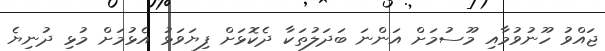
ޖައްވު ހޫނުވުމާއި މޫސުމަށް އަންނަ ބަދަލުތަކާ ދެކޮޅަށް ފިޔަވަޅު އެޅުމަށް މުޅި ދުނިޔެ